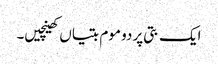
ایک بتی پر دو موم بتیاں کھینچیں۔